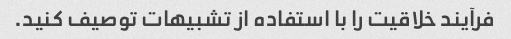
فرآیند خلاقیت را با استفاده از تشبیهات توصیف کنید.